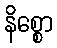
နိစ္စော